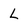
Character: L